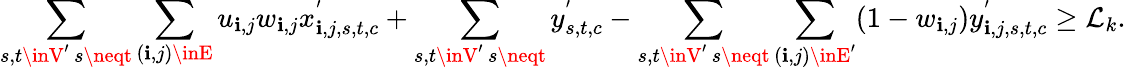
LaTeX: \displaystyle\sum_{\substack{s,t\inV^{\prime}\, s\neqt}}\displaystyle\sum_{(\mathbf{i},j)\inE}u_{\mathbf{i},j}w_{\mathbf{i},j}x_{\mathbf{i},j,s,t,c}^{'}+\displaystyle\sum_{\substack{s,t\inV^{\prime}\, s\neqt}}y_{s,t,c}^{'}-\displaystyle\sum_{\substack{s,t\inV^{\prime}\, s\neqt}}\displaystyle\sum_{(\mathbf{i},j)\inE^{\prime}}(1-w_{\mathbf{i},j})y_{\mathbf{i},j,s,t,c}^{'}\geq\mathcal{{L}}_{k}.